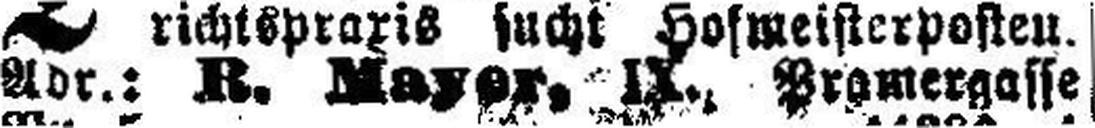
Abr.: R. Mayer, IX., Pramergasse